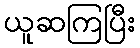
ယူဆကြပြီး